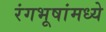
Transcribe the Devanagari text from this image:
रंगभूषांमध्ये